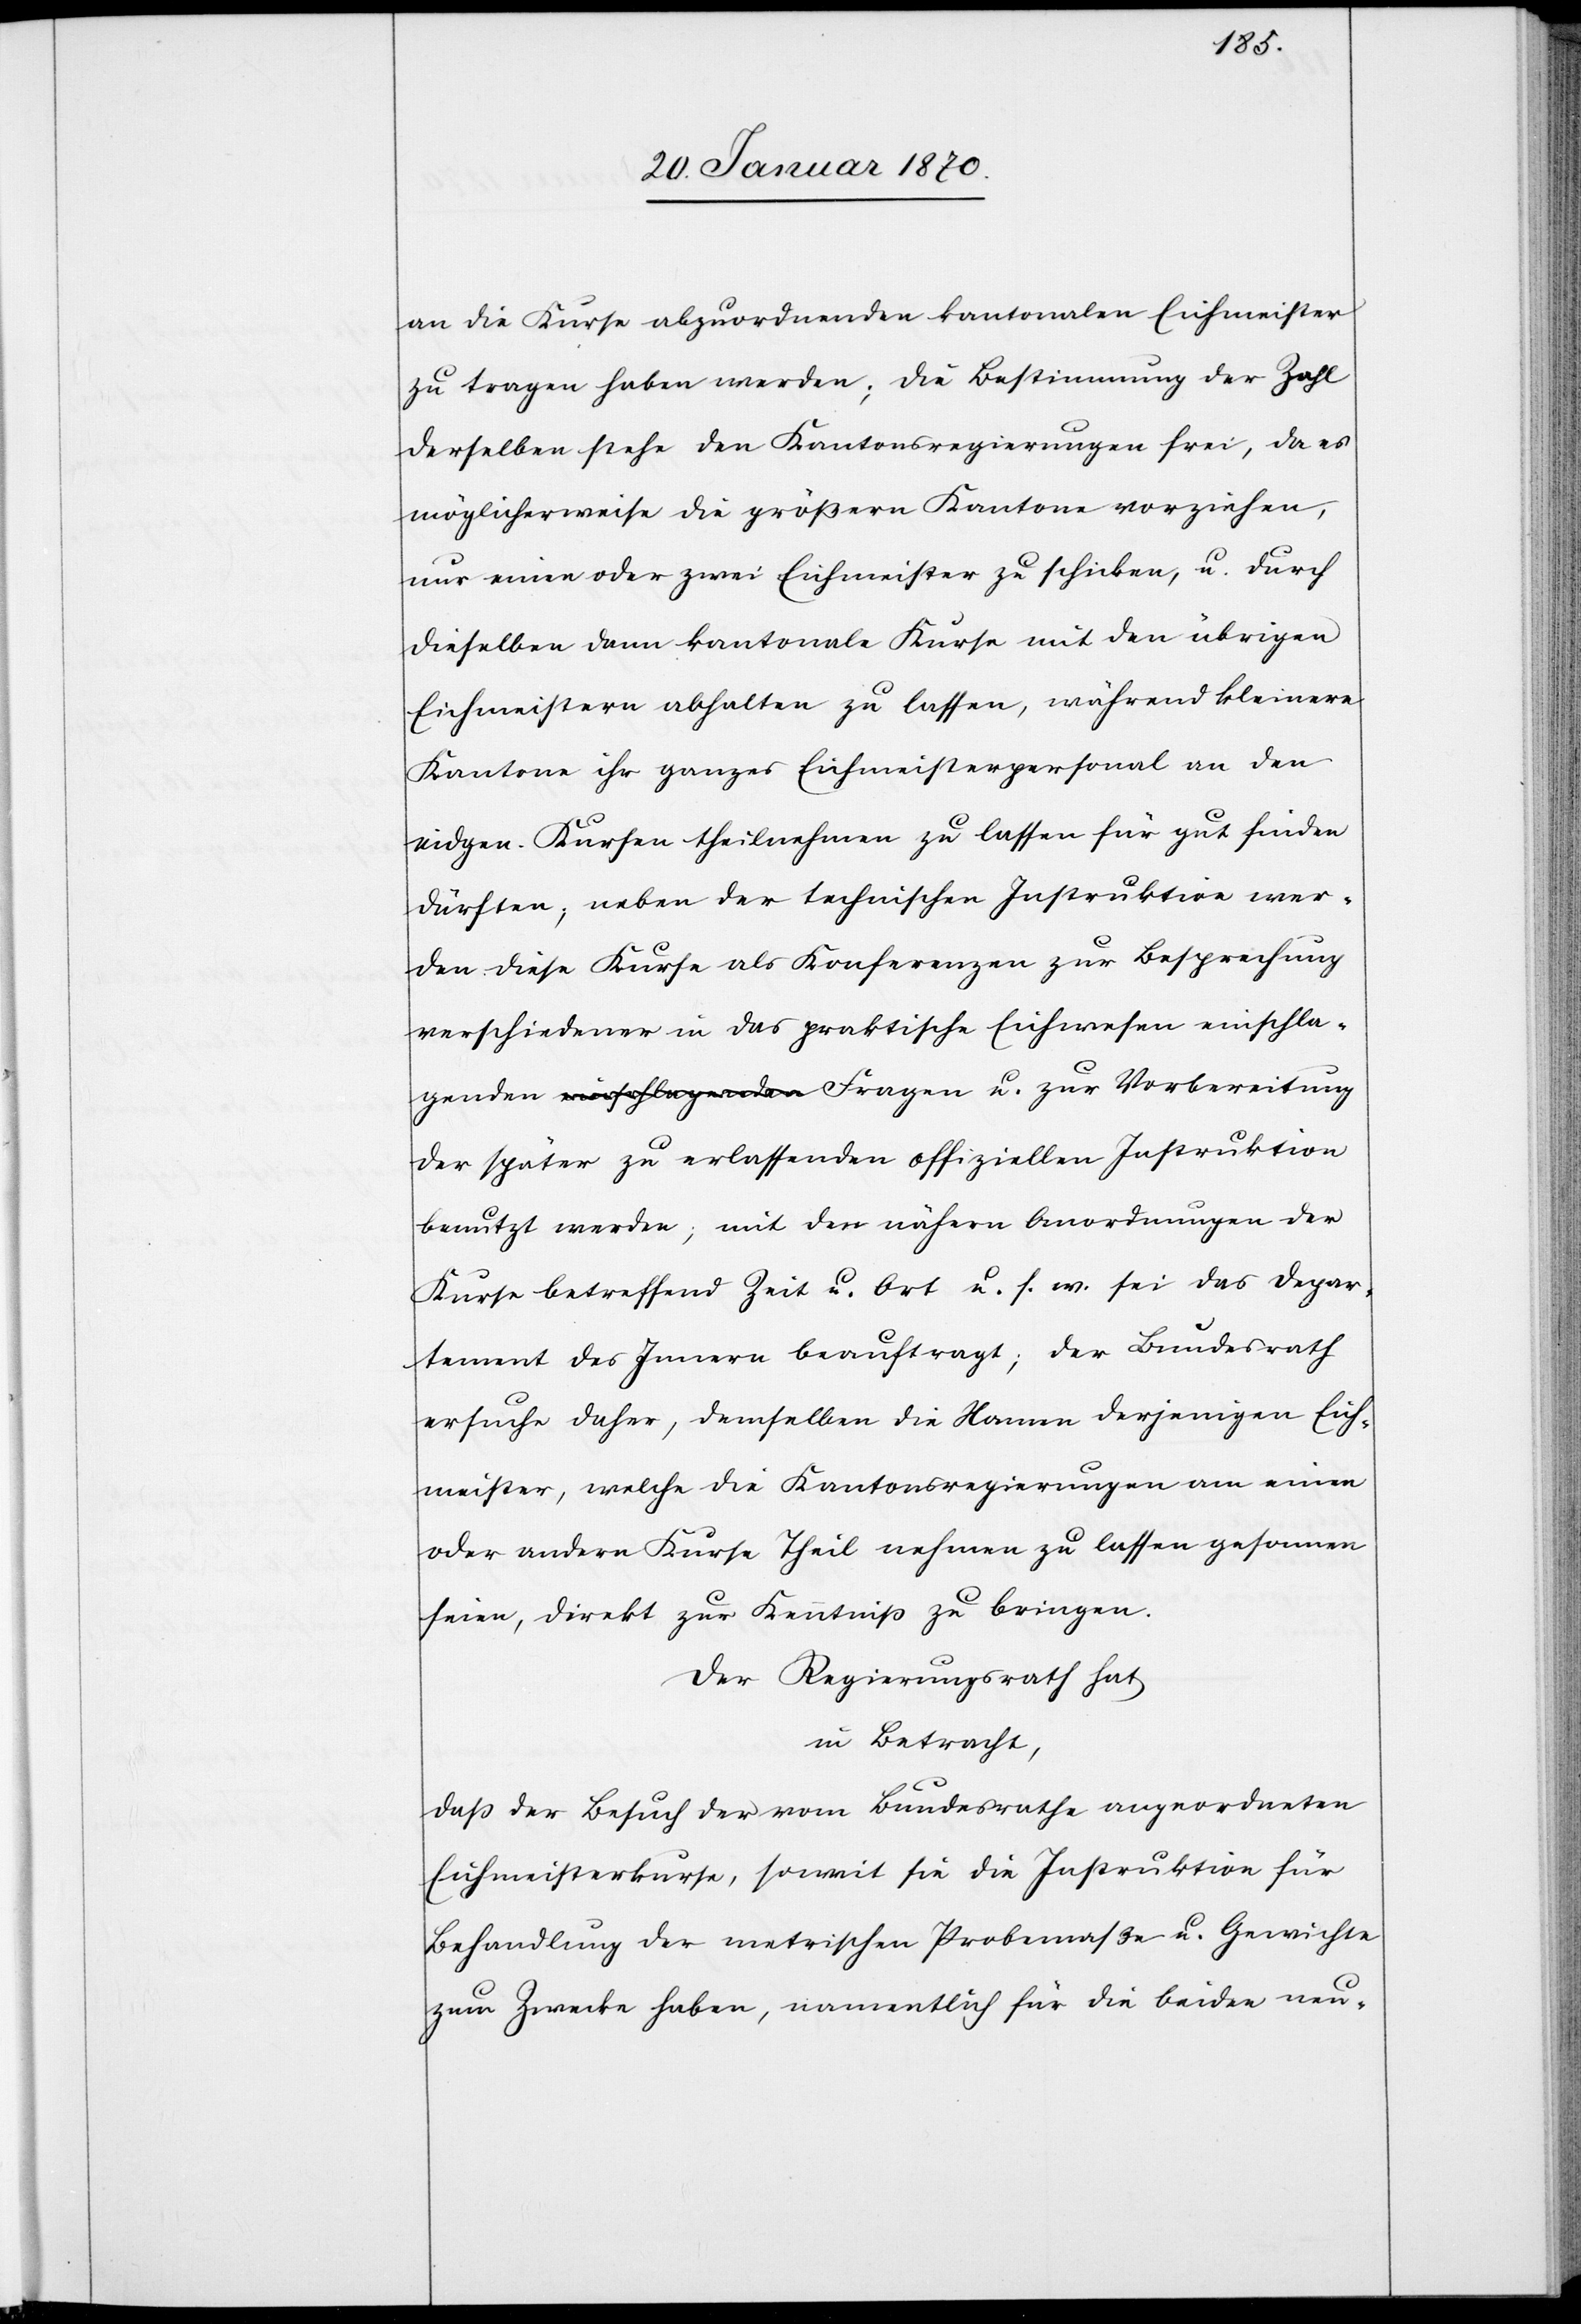
an die Kurse abzuordnenden kantonalen Eichmeister
zu tragen haben werden; die Bestimmung der Zahl
derselben stehe den Kantonsregierungen frei, da es
möglicherweise die größern Kantone vorziehen,
nur einen oder zwei Eisenmeister zu schicken, u. durch
dieselben dann kantonale Kurse mit den übrigen
Eichmeister abhalten zu lassen, während kleinere
Kantone ihr ganzes Eichmeisterpersonal an den
eidgen. Kursen theilnehmen zu lassen für gut finden
dürften; neben der technischen Instruktion wer¬
den diese Kurse als Konferenzen zur Besprechung
verschiedener in das praktische Eichwesen einschlagenden
der später zu erlassenden offiziellen Instruktion
benutzt werden; mit den nähern Anordnungen der
Kurse betreffend Zeit u. Ort u. s. w. sei das Depar¬
tement des Innern beauftragt; der Bundesrath
ersuche daher, demselben die Namen derjenigen Eich¬
meister, welche die Kantonsregierungen am einen
oder andern Kurse Theil nehmen zu lassen gesonnen
seien, direkt zur Kenntniß zu bringen.
Der Regierungsrath hat
in Betracht,
daß der Besuch der vom Bundesrathe angeordneten
Eichmeisterkurse, soweit sie die Instruktion für
Behandlung der metrischen Probemaße u. Gewichte
zum Zwecke haben, namentlich für die beiden neu-